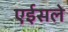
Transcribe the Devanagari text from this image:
एईसले